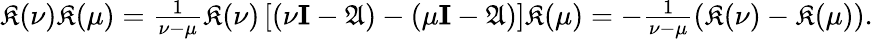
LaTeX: \begin{array}{r}{{\mathfrak{K}}({\nu}){\mathfrak{K}}({\mu})=\frac{1}{{\nu}-{\mu}}{\mathfrak{K}}({\nu})\left[({\nu}{\textbf I}-\mathfrak{{A}})-({\mu}{\textbf I}-\mathfrak{{A}})\right]{\mathfrak{K}}({\mu})=-\frac{1}{{\nu}-{\mu}}\left({\mathfrak{K}}({\nu})-{\mathfrak{K}}({\mu})\right).}\end{array}